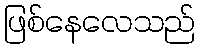
ဖြစ်နေလေသည်